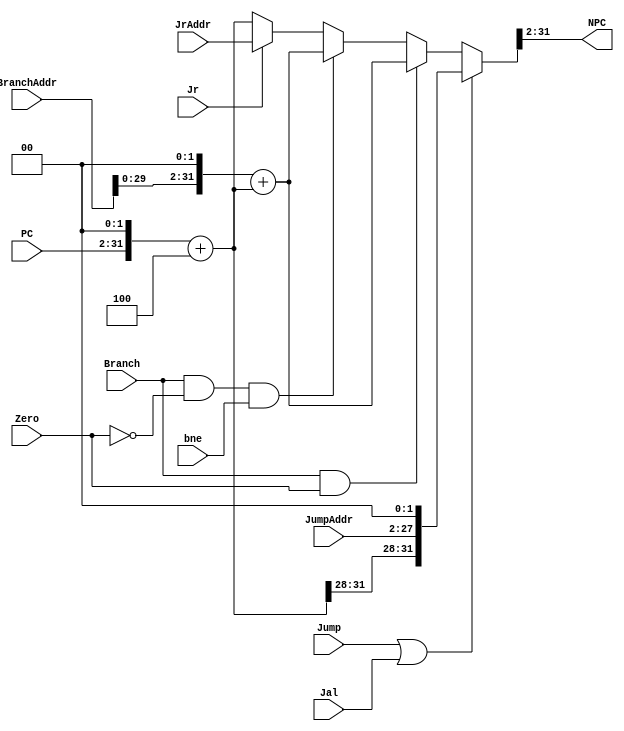
module Npc(PC, Jump, Jr, Jal, Branch, Zero, JumpAddr, BranchAddr, JrAddr, NPC, bne);
    input [31:2] PC;
    input Jump, Jr, Jal, Branch, Zero, bne;
    input [25:0] JumpAddr;
    input [31:0] BranchAddr;
    input [31:0] JrAddr;
    output reg [31:2] NPC;

    reg [31:0] PC_, temp;
    

    always@(*) begin
        PC_ = {PC, 2'b00};
        PC_ = PC_+4;
        if(Jump||Jal) begin
            temp = {PC_[31:28], JumpAddr, 2'b00};
        end
        else if(Branch&&Zero) begin
            temp = BranchAddr << 2;
            temp = temp+PC_;
        end
        else if(Branch&&!Zero&&bne) begin
            temp = BranchAddr << 2;
            temp = temp+PC_;
        end
        else if(Jr) begin
            temp = JrAddr;
        end
        else begin
            temp = PC_;
        end
        NPC = temp[31:2];
    end
endmodule